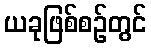
ယခုဖြစ်စဉ်တွင်